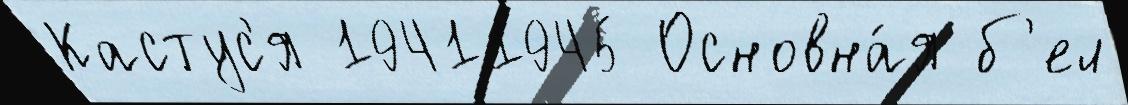
Кастус'я 19411945 Основна́я б'ел